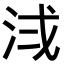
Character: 𪵷